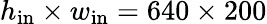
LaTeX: h_{\mathrm{in}}\times w_{\mathrm{in}}=640\times 200